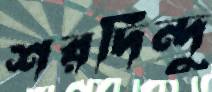
শরদিন্দু